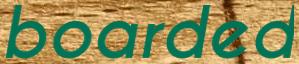
boarded